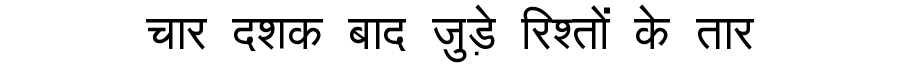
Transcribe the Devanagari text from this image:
चार दशक बाद जुड़े रिश्तों के तार